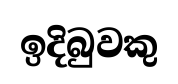
ඉදිබුවකු